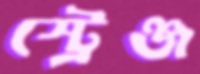
স্ট্রেঞ্জ